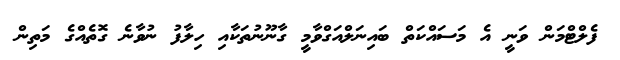
ފެލްޓްމަން ވަނީ އެ މަސައްކަތް ބައިނަލްއަގްވާމީ ގާނޫނުތަކާއި ހިލާފު ނުވާނެ ގޮތެއްގެ މަތިން